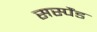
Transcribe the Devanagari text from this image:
सस्पैंड